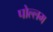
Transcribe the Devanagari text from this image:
पोल्लम